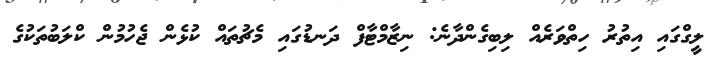
ލީގްގައި އިތުރު ހިތްވަރެއް ލިބިގެންދާނެ: ނިޒާމްޓާފް ދަނޑުގައި މެޗުތައް ކުޅެން ޖެހުމުން ކްލަބުތަކުގެ